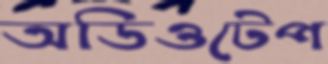
অডিওটেপ